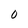
Character: 0